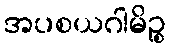
အပစယဂါမိဉ္စ